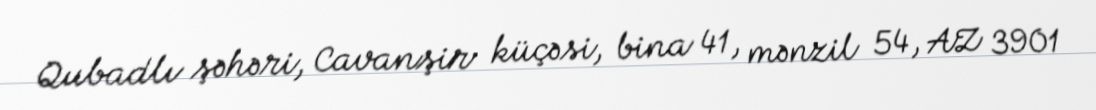
Qubadlı şəhəri, Cavanşir küçəsi, bina 41, mənzil 54, AZ 3901